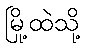
မြို့ထဲသို့